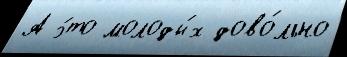
А э́то молоды́х дово́льно